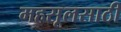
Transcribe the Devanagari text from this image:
महसूलसाठी